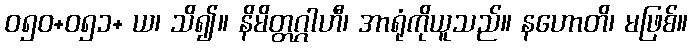
ဝ၅၀+၀၅၁+ ယ၊ သိ၍။ နိမိတ္တဂ္ဂါဟီ၊ အာရုံကိုယူသည်။ နဟောတိ၊ မဖြစ်။